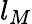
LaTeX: l_{M}